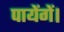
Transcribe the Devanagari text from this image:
पायेंगें।